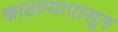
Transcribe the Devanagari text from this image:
काढण्यापासून